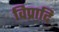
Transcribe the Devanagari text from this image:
विप्रादि